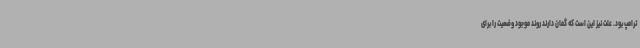
ترامپ بود. علت نیز این است که گمان دارند روند موجود وضعیت را برای